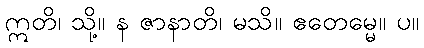
ဣတိ၊ သို့။ န ဇာနာတိ၊ မသိ။ ဧတေမ္မေ။ ပ။